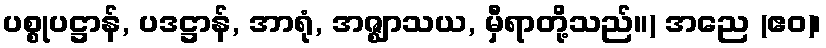
ပစ္စုပဋ္ဌာန်, ပဒဋ္ဌာန်, အာရုံ, အဇ္ဈာသယ, မှီရာတို့သည်။) အညေ (ဧဝ)၊